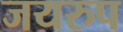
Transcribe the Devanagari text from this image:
जयरुप